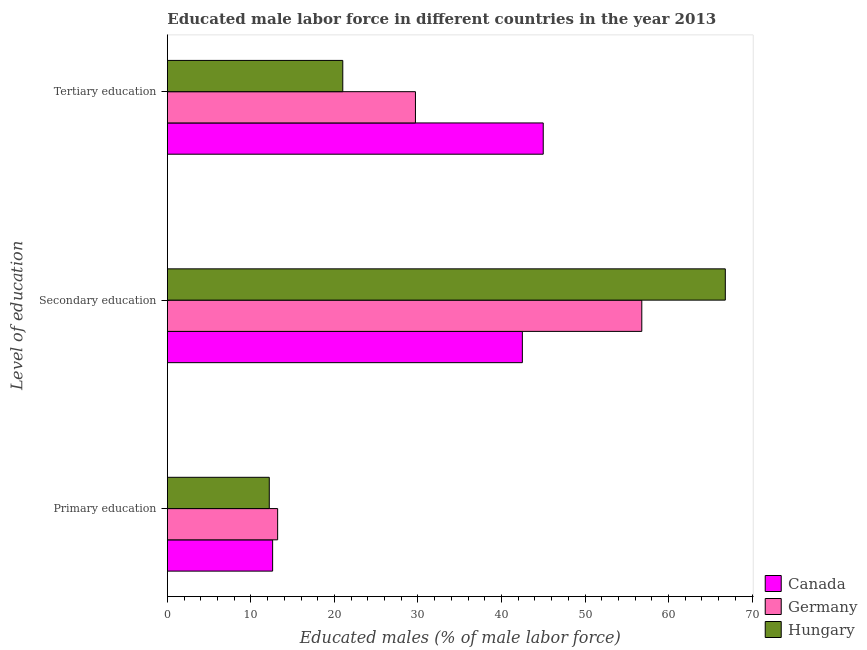
| Level of education | Canada | Germany | Hungary |
 | --- | --- | --- | --- |
 | Primary education | 12.6 | 13.2 | 12.2 |
 | Secondary education | 42.5 | 56.8 | 66.8 |
 | Tertiary education | 45 | 29.7 | 21 |